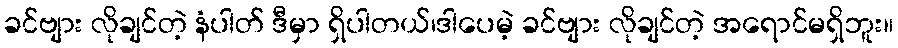
ခင်ဗျား လိုချင်တဲ့ နံပါတ် ဒီမှာ ရှိပါတယ်၊ဒါပေမဲ့ ခင်ဗျား လိုချင်တဲ့ အရောင်မရှိဘူး။